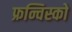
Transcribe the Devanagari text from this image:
फ्रन्चिस्को